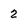
Character: 2